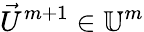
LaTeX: \vec{U}^{m+1}\in\mathbb{U}^{m}